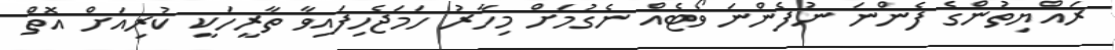
ރައްޔިތުންގެ ފެންނަ ނުފެންނަ ވޯޓެއް ނެގުމަށް މިހާރު ހަމަޖެހިފައިވާ ތާރީހަކީ ކުރިއަށް އޮތް